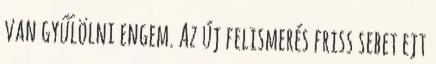
van gyűlölni engem. Az új felismerés friss sebet ejt